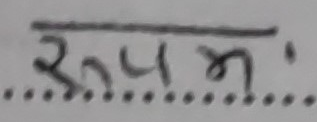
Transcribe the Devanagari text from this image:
रूपः